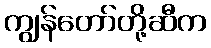
ကျွန်တော်တို့ဆီက